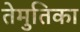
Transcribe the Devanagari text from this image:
तेमुतिका